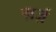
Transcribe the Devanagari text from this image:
ग़र्ज़